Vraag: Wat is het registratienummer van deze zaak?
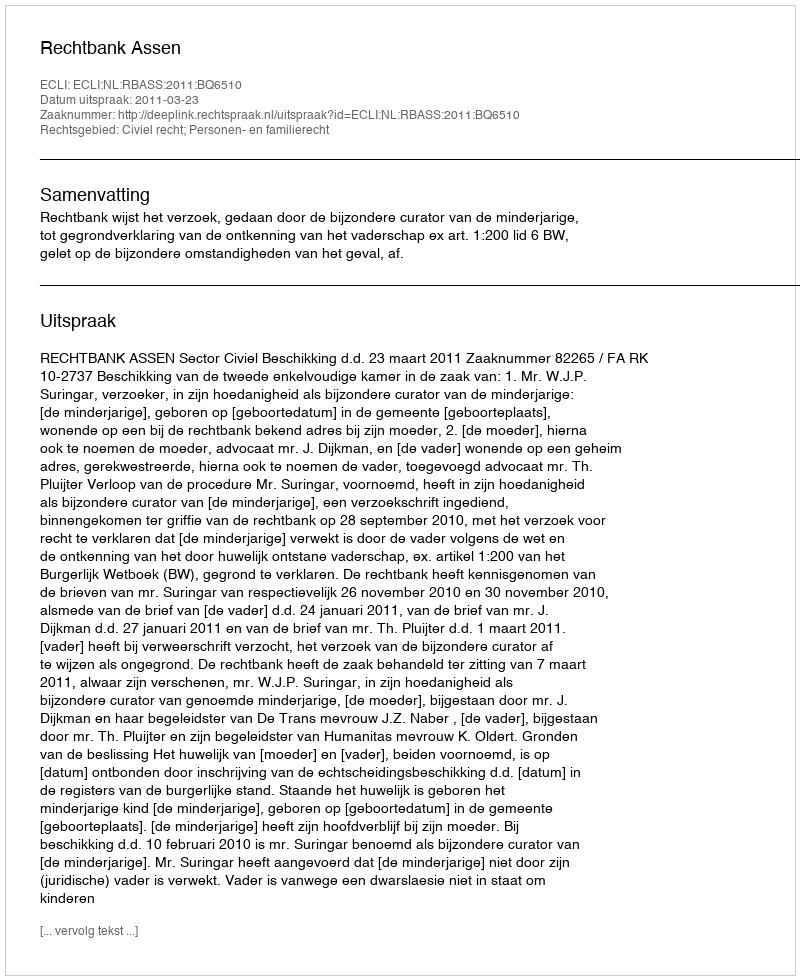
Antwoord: http://deeplink.rechtspraak.nl/uitspraak?id=ECLI:NL:RBASS:2011:BQ6510